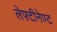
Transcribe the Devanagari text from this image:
लेफ़्टीनेण्ट